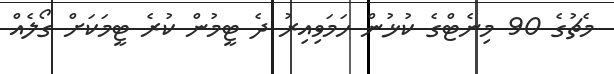
މެޗުގެ 90 މިނެޓްގެ ކުޅުން ހަމަވިއިރު ދެ ޓީމުން ކުރެ ޓީމަކަށް ގޯލެއް